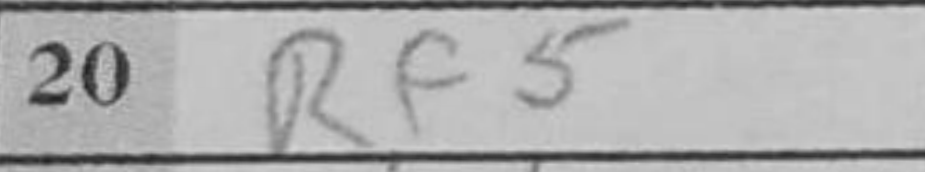
Transcription: Rf5